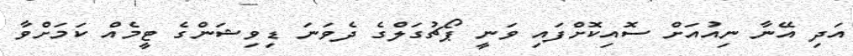
އަދި އޭނާ ނިއުއަށް ސޮއިކޮށްފައި ވަނީ ޕޯޗުގަލްގެ ދެވަނަ ޑިވިޝަންގެ ޓީމެއް ކަމަށްވާ